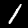
Label: 1